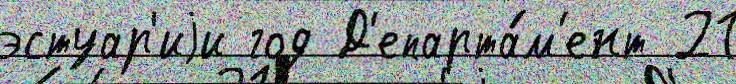
эстуар'иjи год Д'епарта́м'ент 21